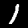
Label: 1